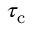
\tau _ { \mathrm { c } }